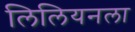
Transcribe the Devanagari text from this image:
लिलियनला